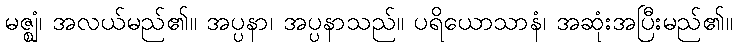
မဇ္ဈံ၊ အလယ်မည်၏။ အပ္ပနာ၊ အပ္ပနာသည်။ ပရိယောသာနံ၊ အဆုံးအပြီးမည်၏။